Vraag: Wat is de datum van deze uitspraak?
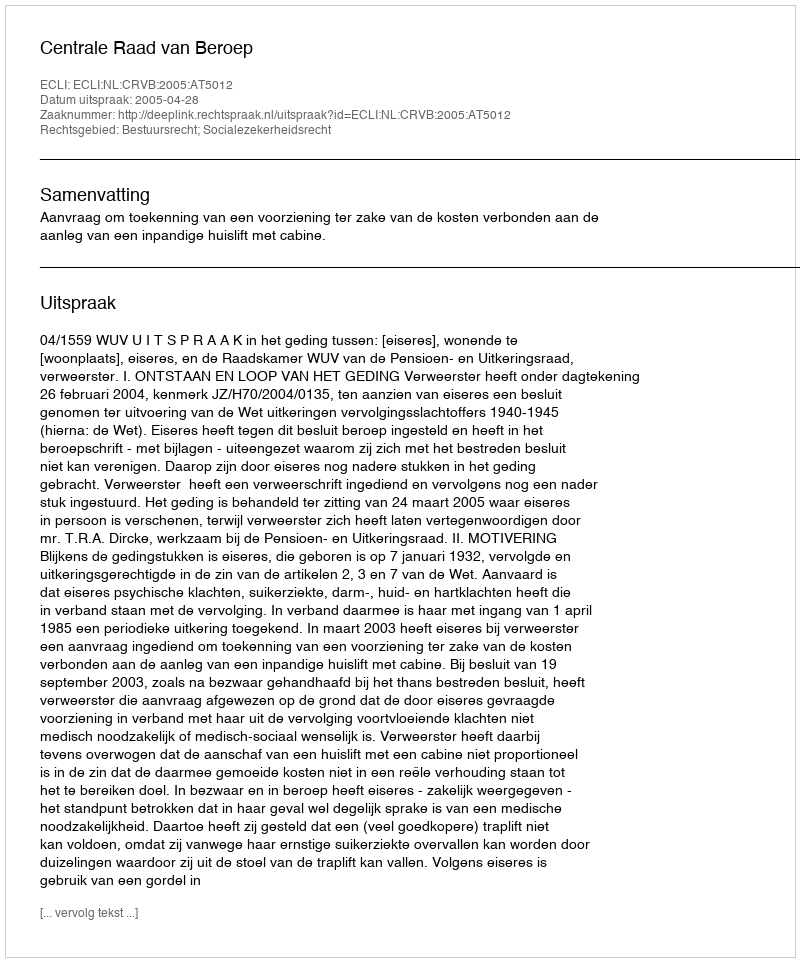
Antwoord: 2005-04-28